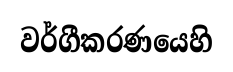
වර්ගීකරණයෙහි